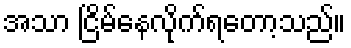
အသာ ငြိမ်နေလိုက်ရတော့သည်။